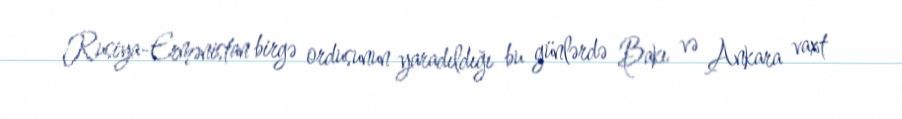
Rusiya-Ermənistan birgə ordusunun yaradıldığı bu günlərdə Bakı və Ankara vaxt